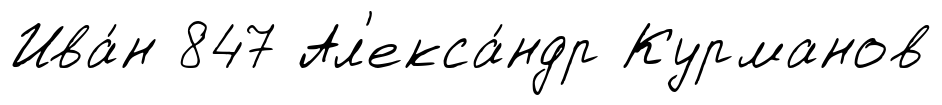
Ива́н 847 Ал'екса́ндр Курманов